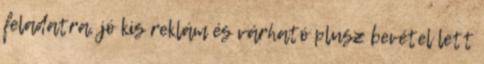
feladatra, jó kis reklám és várható plusz bevétel lett